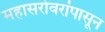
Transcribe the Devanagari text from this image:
महासरोवरांपासून